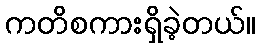
ကတိစကားရှိခဲ့တယ်။